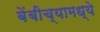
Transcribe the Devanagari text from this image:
बेंबीच्यामध्ये